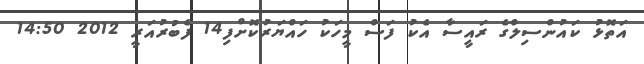
އަތޮޅު ކައުންސިލްގެ ރައީސާ އެކު ފަސް މީހަކު ހައްޔަރުކޮށްފި14 ފެބުރުއަރީ 2012 14:50